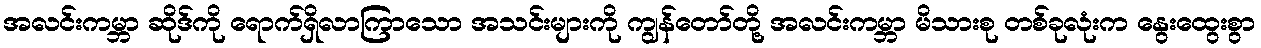
အလင်းကမ္ဘာ ဆိုဒ်ကို ရောက်ရှိလာကြာသော အသင်းများကို ကျွန်တော်တို့ အလင်းကမ္ဘာ မိသားစု တစ်ခုလုံးက နွေးထွေးစွာ